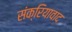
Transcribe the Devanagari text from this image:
संक्रियावाद